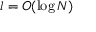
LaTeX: l = O ( \log N )